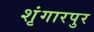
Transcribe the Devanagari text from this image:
शृंगारपुर